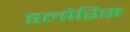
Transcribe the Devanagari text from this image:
डलोरिस